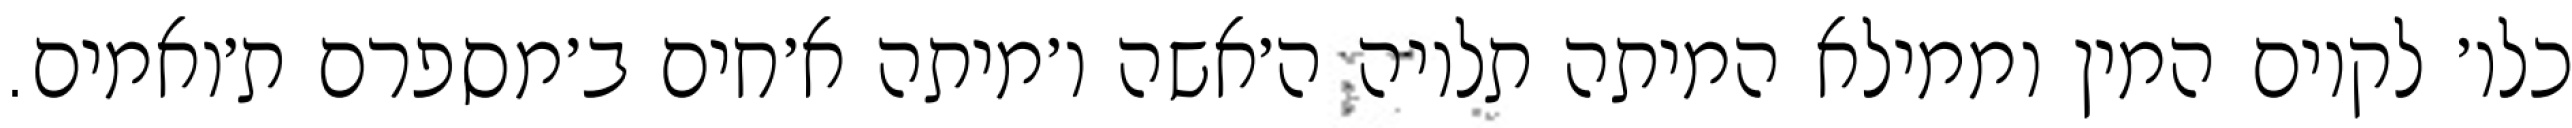
כלו׳ לקיום המין וממילא המיתה תלויה ה׳אשה ו׳מיתה א׳חים ב׳מספרם ת׳ואמים.